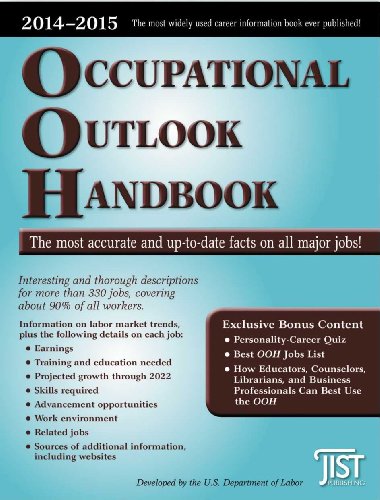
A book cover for Occupational Outlook Handbook: 2014-2015 (Occupational Outlook Handbook (Jist Works)); U.S. Department of Labor; Business & Money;